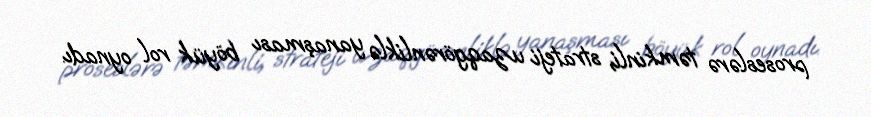
proseslərə təmkinli, strateji uzaqgörənliklə yanaşması böyük rol oynadı.